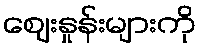
ဈေးနှုန်းများကို